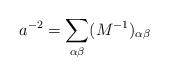
LaTeX: \begin{align*}a^{-2}=\sum_{\alpha\beta}(M^{-1})_{\alpha\beta}\end{align*}